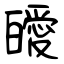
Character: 皧